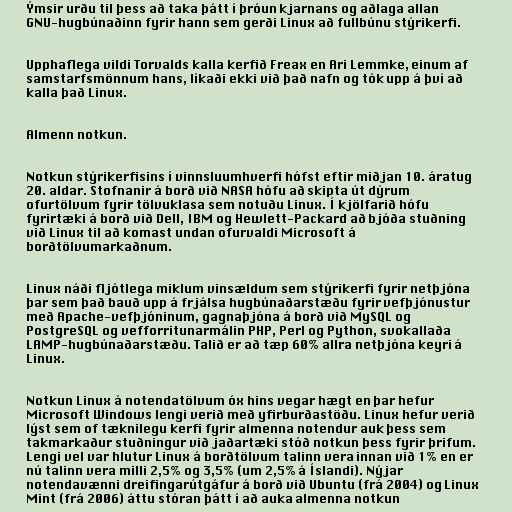
Ýmsir urðu til þess að taka þátt í þróun kjarnans og aðlaga allan
GNU-hugbúnaðinn fyrir hann sem gerði Linux að fullbúnu stýrikerfi.

Upphaflega vildi Torvalds kalla kerfið Freax en Ari Lemmke, einum af
samstarfsmönnum hans, líkaði ekki við það nafn og tók upp á því að
kalla það Linux.

Almenn notkun.

Notkun stýrikerfisins í vinnsluumhverfi hófst eftir miðjan 10. áratug
20. aldar. Stofnanir á borð við NASA hófu að skipta út dýrum
ofurtölvum fyrir tölvuklasa sem notuðu Linux. Í kjölfarið hófu
fyrirtæki á borð við Dell, IBM og Hewlett-Packard að bjóða stuðning
við Linux til að komast undan ofurvaldi Microsoft á
borðtölvumarkaðnum.

Linux náði fljótlega miklum vinsældum sem stýrikerfi fyrir netþjóna
þar sem það bauð upp á frjálsa hugbúnaðarstæðu fyrir vefþjónustur
með Apache-vefþjóninum, gagnaþjóna á borð við MySQL og
PostgreSQL og vefforritunarmálin PHP, Perl og Python, svokallaða
LAMP-hugbúnaðarstæðu. Talið er að tæp 60% allra netþjóna keyri á
Linux.

Notkun Linux á notendatölvum óx hins vegar hægt en þar hefur
Microsoft Windows lengi verið með yfirburðastöðu. Linux hefur verið
lýst sem of tæknilegu kerfi fyrir almenna notendur auk þess sem
takmarkaður stuðningur við jaðartæki stóð notkun þess fyrir þrifum.
Lengi vel var hlutur Linux á borðtölvum talinn vera innan við 1% en er
nú talinn vera milli 2,5% og 3,5% (um 2,5% á Íslandi). Nýjar
notendavænni dreifingarútgáfur á borð við Ubuntu (frá 2004) og Linux
Mint (frá 2006) áttu stóran þátt í að auka almenna notkun